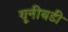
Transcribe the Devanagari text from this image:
यूनीबडी